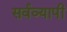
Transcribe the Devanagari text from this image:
सर्वव्‍यापी